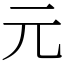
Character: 元